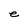
Character: e